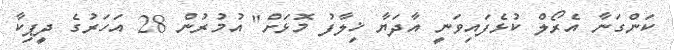
ކަންގަނާ އެރޯލް ކުޅެފައިވަނީ އާދަޔާ ޚިލާފު މޮޅަށް" އުމުރުން 28 އަހަރުގެ ދީޕިކާ